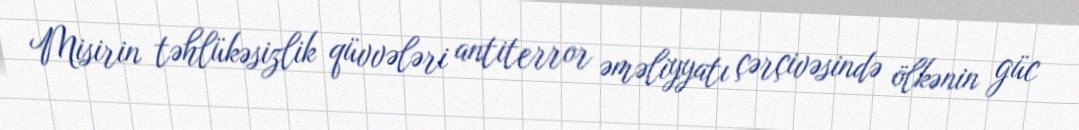
Misirin təhlükəsizlik qüvvələri antiterror əməliyyatı çərçivəsində ölkənin güc